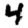
Digit: 4